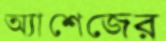
অ্যাশেজের